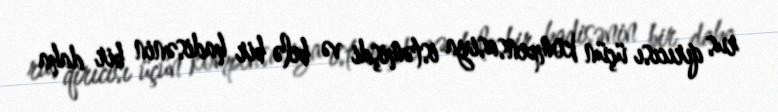
rus qırıcısı üçün kompensasiya istəmişdi və belə bir hadisənin bir daha